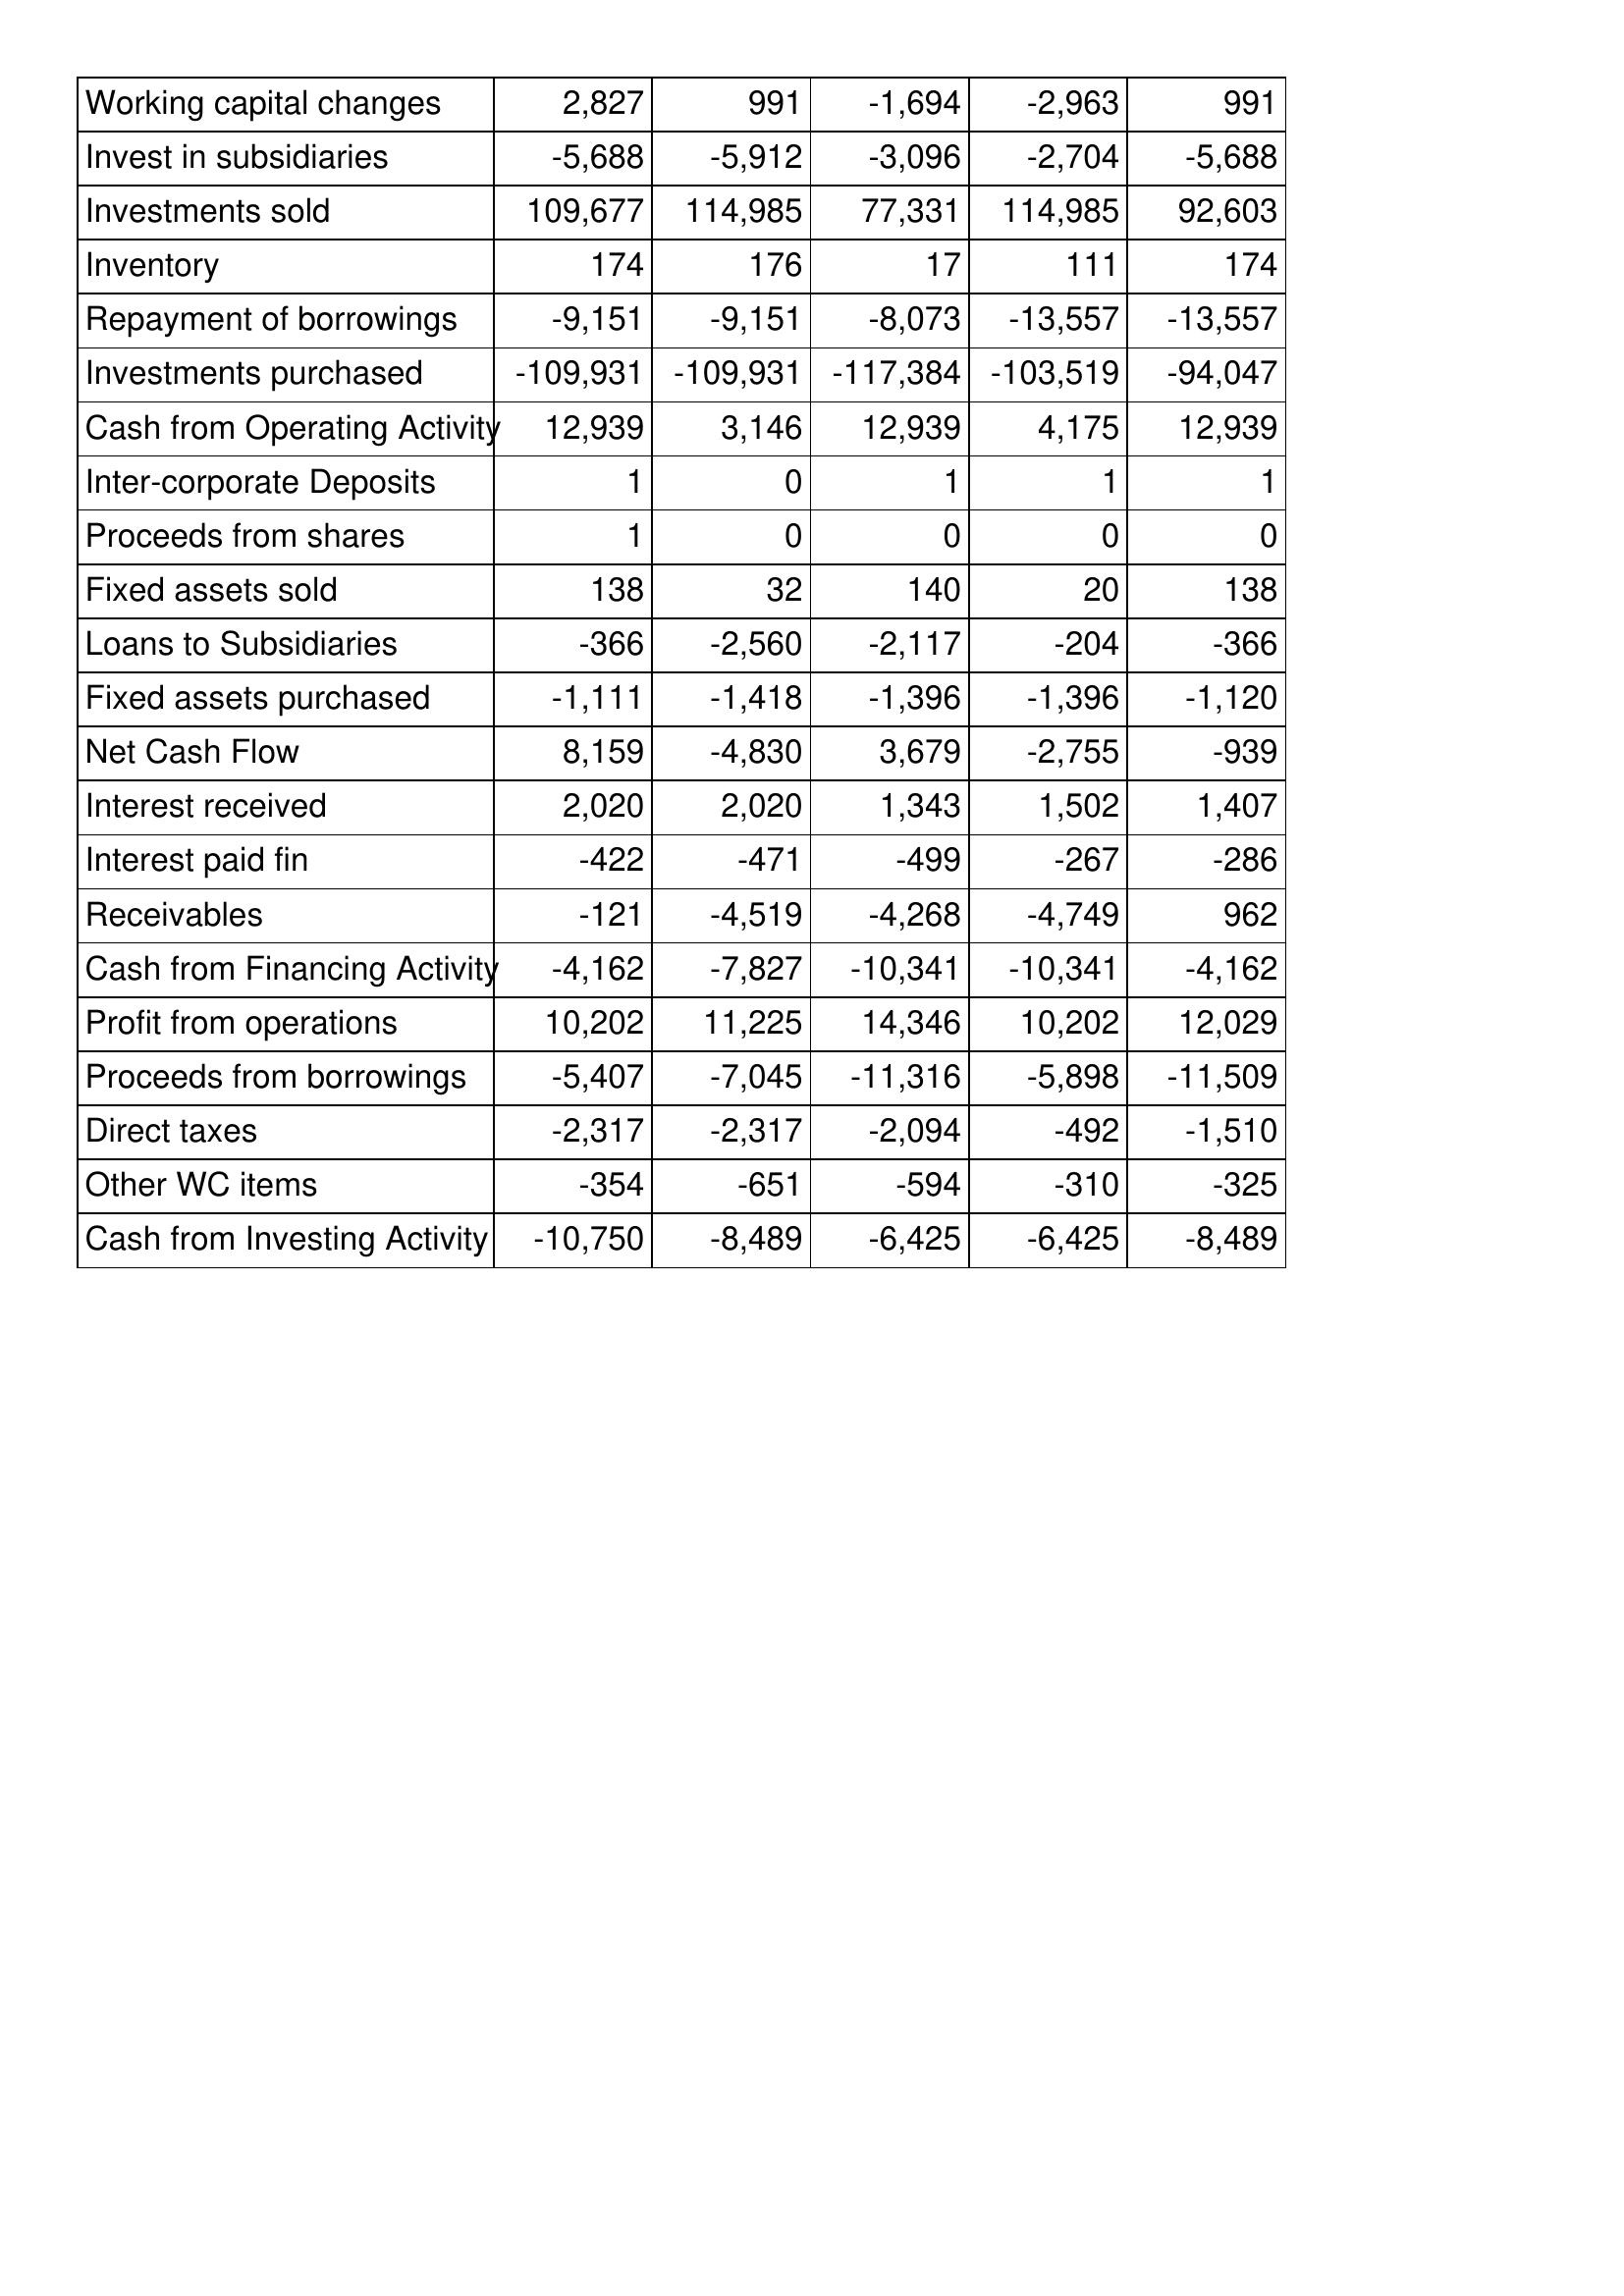
May-11: Cash Flows: Working capital changes: 2,827
Invest in subsidiaries: -5,688
Investments sold: 109,677
Inventory: 174
Repayment of borrowings: -9,151
Investments purchased: -109,931
Cash from Operating Activity: 12,939
Inter-corporate Deposits: 1
Proceeds from shares: 1
Fixed assets sold: 138
Loans to Subsidiaries: -366
Fixed assets purchased: -1,111
Net Cash Flow: 8,159
Interest received: 2,020
Interest paid fin: -422
Receivables: -121
Cash from Financing Activity: -4,162
Profit from operations: 10,202
Proceeds from borrowings: -5,407
Direct taxes: -2,317
Other WC items: -354
Cash from Investing Activity: -10,750
May-10: Cash Flows: Working capital changes: 991
Invest in subsidiaries: -5,912
Investments sold: 114,985
Inventory: 176
Repayment of borrowings: -9,151
Investments purchased: -109,931
Cash from Operating Activity: 3,146
Inter-corporate Deposits: 0
Proceeds from shares: 0
Fixed assets sold: 32
Loans to Subsidiaries: -2,560
Fixed assets purchased: -1,418
Net Cash Flow: -4,830
Interest received: 2,020
Interest paid fin: -471
Receivables: -4,519
Cash from Financing Activity: -7,827
Profit from operations: 11,225
Proceeds from borrowings: -7,045
Direct taxes: -2,317
Other WC items: -651
Cash from Investing Activity: -8,489
May-09: Cash Flows: Working capital changes: -1,694
Invest in subsidiaries: -3,096
Investments sold: 77,331
Inventory: 17
Repayment of borrowings: -8,073
Investments purchased: -117,384
Cash from Operating Activity: 12,939
Inter-corporate Deposits: 1
Proceeds from shares: 0
Fixed assets sold: 140
Loans to Subsidiaries: -2,117
Fixed assets purchased: -1,396
Net Cash Flow: 3,679
Interest received: 1,343
Interest paid fin: -499
Receivables: -4,268
Cash from Financing Activity: -10,341
Profit from operations: 14,346
Proceeds from borrowings: -11,316
Direct taxes: -2,094
Other WC items: -594
Cash from Investing Activity: -6,425
May-08: Cash Flows: Working capital changes: -2,963
Invest in subsidiaries: -2,704
Investments sold: 114,985
Inventory: 111
Repayment of borrowings: -13,557
Investments purchased: -103,519
Cash from Operating Activity: 4,175
Inter-corporate Deposits: 1
Proceeds from shares: 0
Fixed assets sold: 20
Loans to Subsidiaries: -204
Fixed assets purchased: -1,396
Net Cash Flow: -2,755
Interest received: 1,502
Interest paid fin: -267
Receivables: -4,749
Cash from Financing Activity: -10,341
Profit from operations: 10,202
Proceeds from borrowings: -5,898
Direct taxes: -492
Other WC items: -310
Cash from Investing Activity: -6,425
May-07: Cash Flows: Working capital changes: 991
Invest in subsidiaries: -5,688
Investments sold: 92,603
Inventory: 174
Repayment of borrowings: -13,557
Investments purchased: -94,047
Cash from Operating Activity: 12,939
Inter-corporate Deposits: 1
Proceeds from shares: 0
Fixed assets sold: 138
Loans to Subsidiaries: -366
Fixed assets purchased: -1,120
Net Cash Flow: -939
Interest received: 1,407
Interest paid fin: -286
Receivables: 962
Cash from Financing Activity: -4,162
Profit from operations: 12,029
Proceeds from borrowings: -11,509
Direct taxes: -1,510
Other WC items: -325
Cash from Investing Activity: -8,489